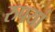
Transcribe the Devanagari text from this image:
रुपयां